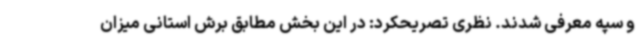
و سپه معرفی شدند. نظری تصریحکرد: در این بخش مطابق برش استانی میزان